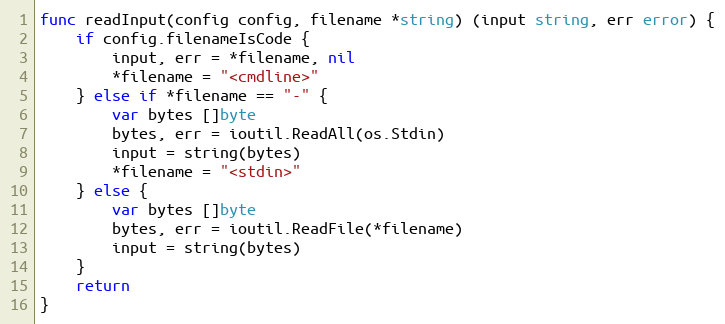
Language: Go
func readInput(config config, filename *string) (input string, err error) {
	if config.filenameIsCode {
		input, err = *filename, nil
		*filename = "<cmdline>"
	} else if *filename == "-" {
		var bytes []byte
		bytes, err = ioutil.ReadAll(os.Stdin)
		input = string(bytes)
		*filename = "<stdin>"
	} else {
		var bytes []byte
		bytes, err = ioutil.ReadFile(*filename)
		input = string(bytes)
	}
	return
}